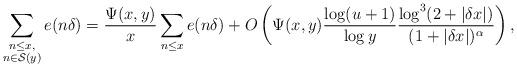
LaTeX: \begin{align*}\sum_{\substack{n \leq x, \\ n \in \mathcal{S}(y)}} e(n\delta) = \frac{\Psi(x,y)}{x} \sum_{n \leq x} e(n\delta) + O\left(\Psi(x,y) \frac{\log(u+1)}{\log y} \frac{\log^{3}(2+|\delta x|)}{(1+|\delta x|)^{\alpha}} \right) ,\end{align*}